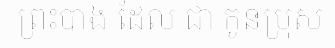
ព្រះបាង ដែល ជា កូនប្រុស